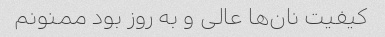
کیفیت نان‌ها عالی و به روز بود ممنونم